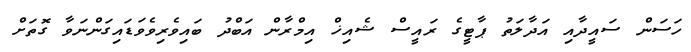
ހަސަން ސައީދާއި އަދާލަތު ޕާޓީގެ ރައީސް ޝެއިޚް އިމްރާން އަބްދު ބައިވެރިވެވަޑައިގަންނަވާ ގޮތަށް